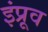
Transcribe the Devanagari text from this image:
इंप्रूव